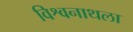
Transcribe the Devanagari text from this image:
विश्वनाथला